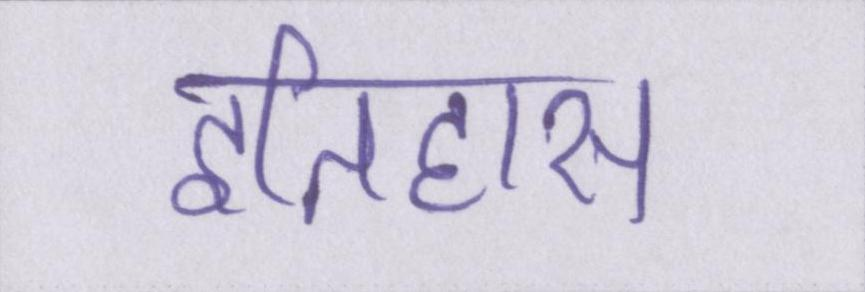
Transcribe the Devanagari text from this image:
इतिहास